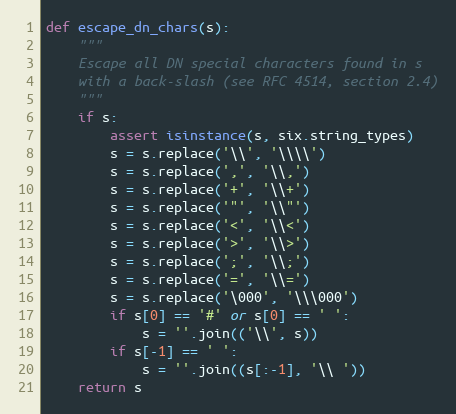
Language: Python
def escape_dn_chars(s):
    """
    Escape all DN special characters found in s
    with a back-slash (see RFC 4514, section 2.4)
    """
    if s:
        assert isinstance(s, six.string_types)
        s = s.replace('\\', '\\\\')
        s = s.replace(',', '\\,')
        s = s.replace('+', '\\+')
        s = s.replace('"', '\\"')
        s = s.replace('<', '\\<')
        s = s.replace('>', '\\>')
        s = s.replace(';', '\\;')
        s = s.replace('=', '\\=')
        s = s.replace('\000', '\\\000')
        if s[0] == '#' or s[0] == ' ':
            s = ''.join(('\\', s))
        if s[-1] == ' ':
            s = ''.join((s[:-1], '\\ '))
    return s